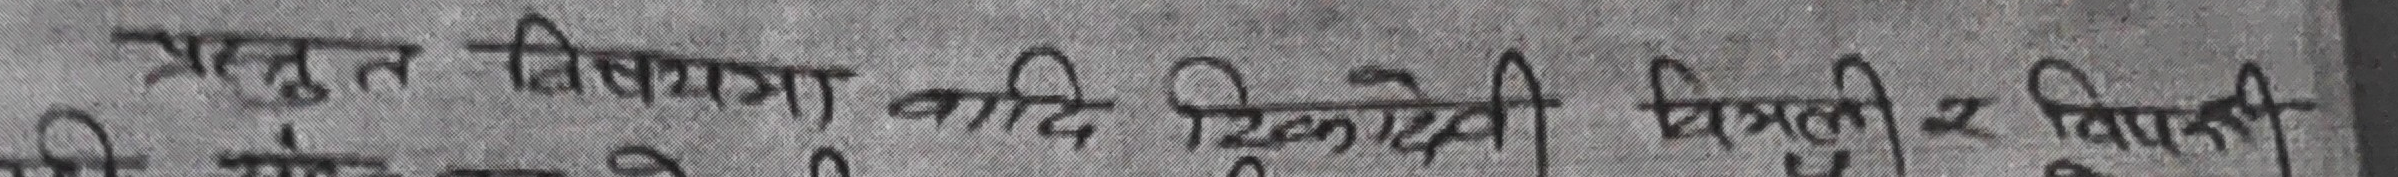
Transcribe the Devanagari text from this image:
प्रस्तुत विभागमा यदि सिक्कादेवी चित्रको र विपाती